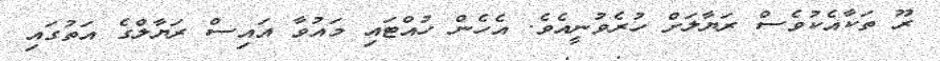
ރޫ ތަކާއެކުވެސް ރަޔާލަށް ހުރެވުނީއެވެ. އެހެން ހުއްޓައި މައުވާ އައިސް ރަޔާލްގެ އަތުގައި